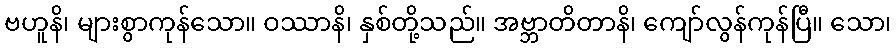
ဗဟူနိ၊ များစွာကုန်သော။ ဝဿာနိ၊ နှစ်တို့သည်။ အဗ္ဘာတိတာနိ၊ ကျော်လွန်ကုန်ပြီ။ သော၊